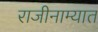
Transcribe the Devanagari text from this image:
राजीनाम्यात